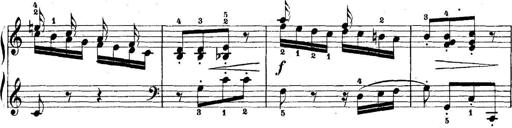
Title: 5 Sonatinas
Composer: Theodor Kirchner